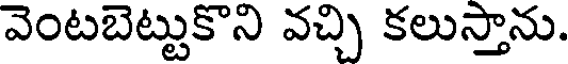
వెంటబెట్టుకొని వచ్చి కలుస్తాను.